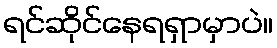
ရင်ဆိုင်နေရရှာမှာပဲ။